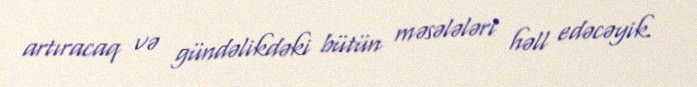
artıracaq və gündəlikdəki bütün məsələləri həll edəcəyik.